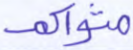
مثواكم